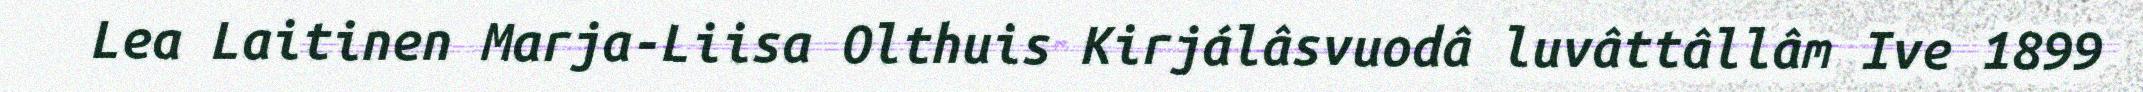
Lea Laitinen Marja-Liisa Olthuis Kirjálâsvuodâ luvâttâllâm Ive 1899